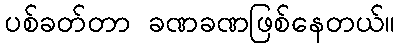
ပစ်ခတ်တာ ခဏခဏဖြစ်နေတယ်။